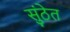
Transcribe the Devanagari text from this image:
सुंठेत